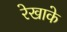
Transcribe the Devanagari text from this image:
रेखाके